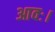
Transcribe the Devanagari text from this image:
आवः।